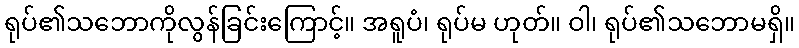
ရုပ်၏သဘောကိုလွန်ခြင်းကြောင့်။ အရူပံ၊ ရုပ်မ ဟုတ်။ ဝါ၊ ရုပ်၏သဘောမရှိ။